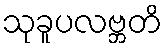
သုခူပလဗ္ဘတိ